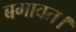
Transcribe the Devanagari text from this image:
बगावत।